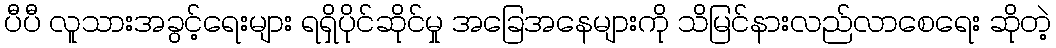
ပီပီ လူသားအခွင့်ရေးများ ရရှိပိုင်ဆိုင်မှု အခြေအနေများကို သိမြင်နားလည်လာစေရေး ဆိုတဲ့